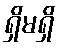
ရှိမရှိ